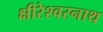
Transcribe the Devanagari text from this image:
क्षीरेश्वरनाथ